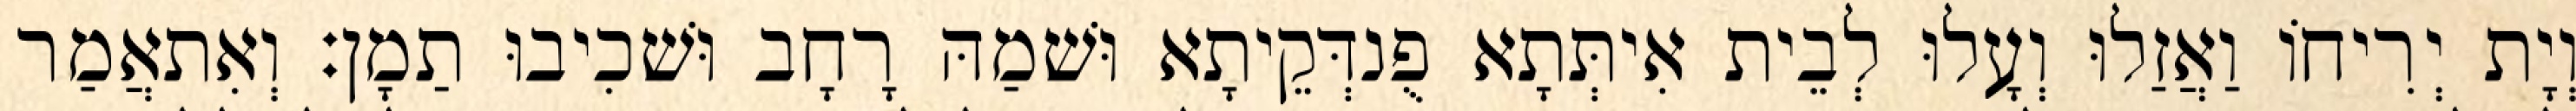
וְיָת יְרִיחוֹ וַאֲזַלוּ וְעָלוּ לְבֵית אִיתְּתָא פֻנדְּקֵיתָא וּשׁמַהּ רָחָב וּשׁכִיבוּ תַמָן׃ וְאִתאֲמַר